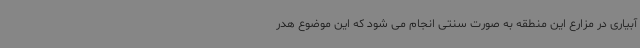
آبیاری در مزارع این منطقه به صورت سنتی انجام می شود که این موضوع هدر